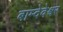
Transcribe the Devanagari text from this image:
बाम्देवेश्वर